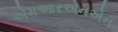
એમઆરએનએન